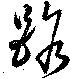
路